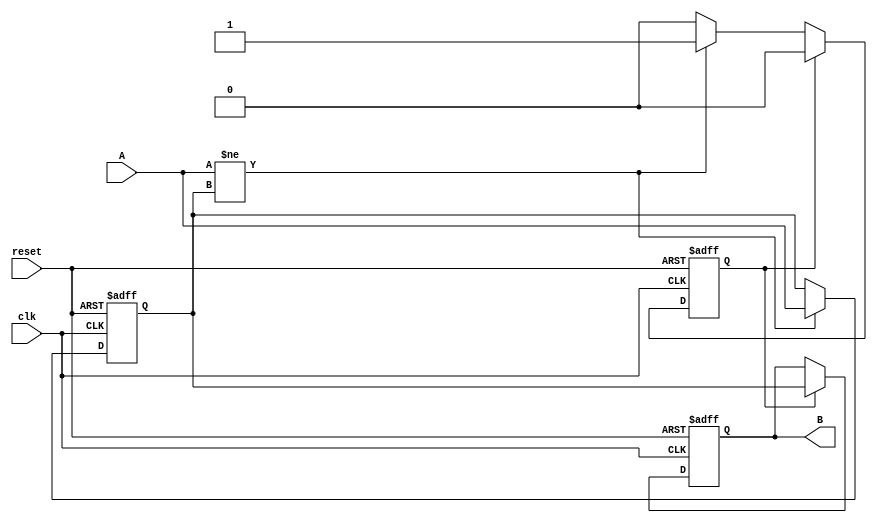
module Delay #(
    parameter DELAY_TIME = 10  // Delay time in time units (e.g., nanoseconds)
)(
    input wire clk,             // Clock signal for synchronization
    input wire reset,           // Reset signal
    input wire A,               // Input signal
    output reg B                // Delayed output signal
);

    reg A_reg;                  // Register to hold the input signal
    reg delay_active;           // Flag to indicate if delay is active

    always @(posedge clk or posedge reset) begin
        if (reset) begin
            B <= 1'b0;          // Reset output to low
            A_reg <= 1'b0;      // Reset internal register
            delay_active <= 1'b0; // Reset delay active flag
        end else begin
            if (A != A_reg) begin
                A_reg <= A;     // Capture the input signal
                delay_active <= 1'b1; // Start the delay
            end
            
            if (delay_active) begin
                // Use a non-blocking delay using a counter
                #DELAY_TIME B <= A_reg; // Assign delayed value to output
                delay_active <= 1'b0; // Reset delay active flag
            end
        end
    end

endmodule